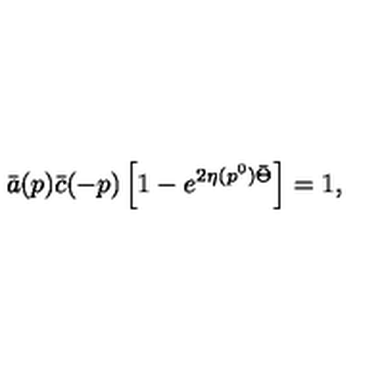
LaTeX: \bar { a } ( p ) \bar { c } ( - p ) \left[ 1 - e ^ { 2 \eta ( p ^ { 0 } ) \bar { \Theta } } \right] = 1 ,